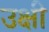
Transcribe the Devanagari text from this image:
उक्षी